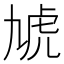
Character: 虓